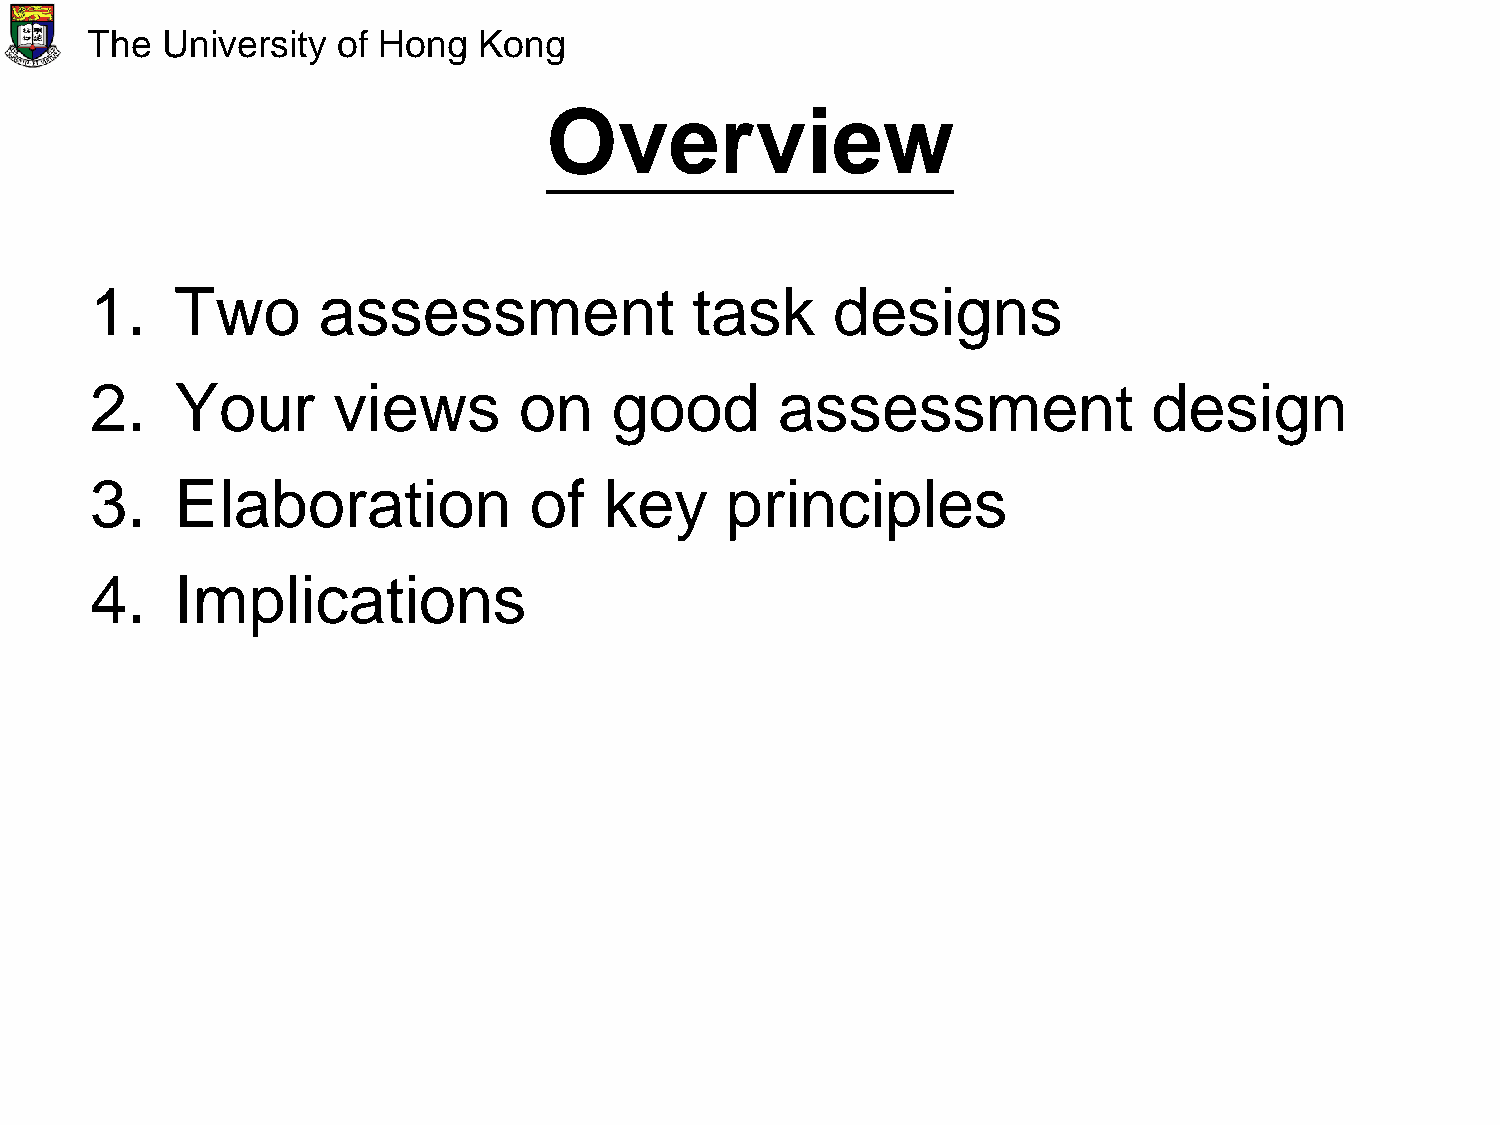
The  University of Hong   Kong
 Overview
 1.    Two      assessment               task     designs
 2.    Your      views       on    good        assessment              design
 3.    Elaboration            of   key     principles
 4.    Implications